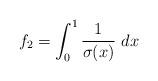
LaTeX: \begin{align*}f_2 = \int_0^1 \frac{1}{\sigma(x)}\ dx\end{align*}